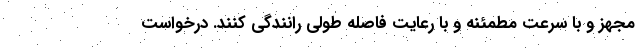
مجهز و با سرعت مطمئنه و با رعایت فاصله طولی رانندگی کنند. درخواست